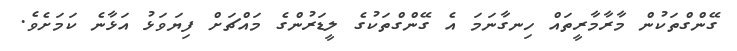
ގޭންގްތަކުން މާރާމާރީތައް ހިނގާނަމަ އެ ގޭންގްތަކުގެ ލީޑަރުންގެ މައްޗަށް ފިޔަވަޅު އަޅާނެ ކަމަށެވެ.